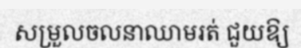
សម្រួលចលនាឈាមរត់ ជួយឱ្យ